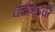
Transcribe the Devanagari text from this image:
चंदीगडची